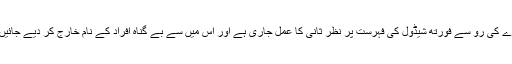
معاہدے کی رو سے فورتھ شیڈول کی فہرست پر نظر ثانی کا عمل جاری ہے اور اس میں سے بے گناہ افراد کے نام خارج کر دیے جائیں گے۔